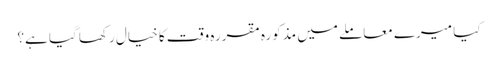
کیا میرے معاملے میں مذکورہ مقررہ وقت کا خیال رکھا گیا ہے؟